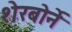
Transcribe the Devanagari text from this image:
शेरबोर्ने